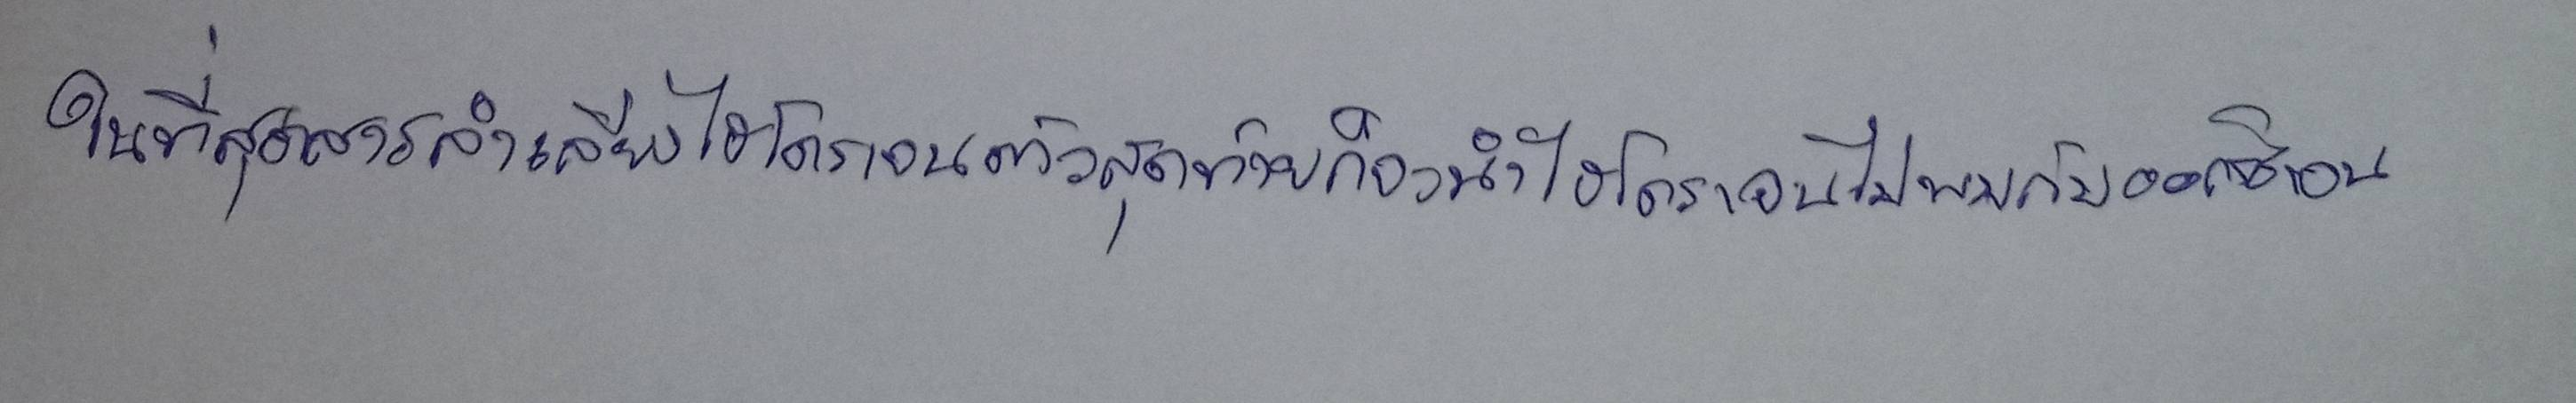
ในที่สุดสารลำเลียงไฮโดรเจนตัวสุดท้ายก็จะนำไฮโดรเจนไปพบกับออกซิเจน